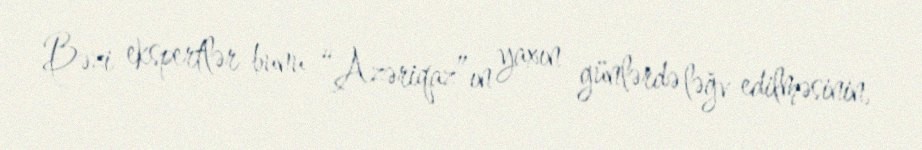
Bəzi ekspertlər bunu “Azəriqaz”ın yaxın günlərdə ləğv edilməsinin,